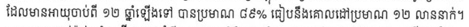
ដែលមានអាយុចាប់ពី ១២ ឆ្នាំឡើងទៅ បានប្រមាណ ៨៩% ធៀបនឹងគោលដៅប្រមាណ ១២ លាននាក់។